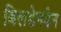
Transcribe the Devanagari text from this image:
बिलडेनडेन